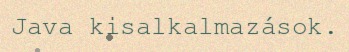
Java kisalkalmazások.